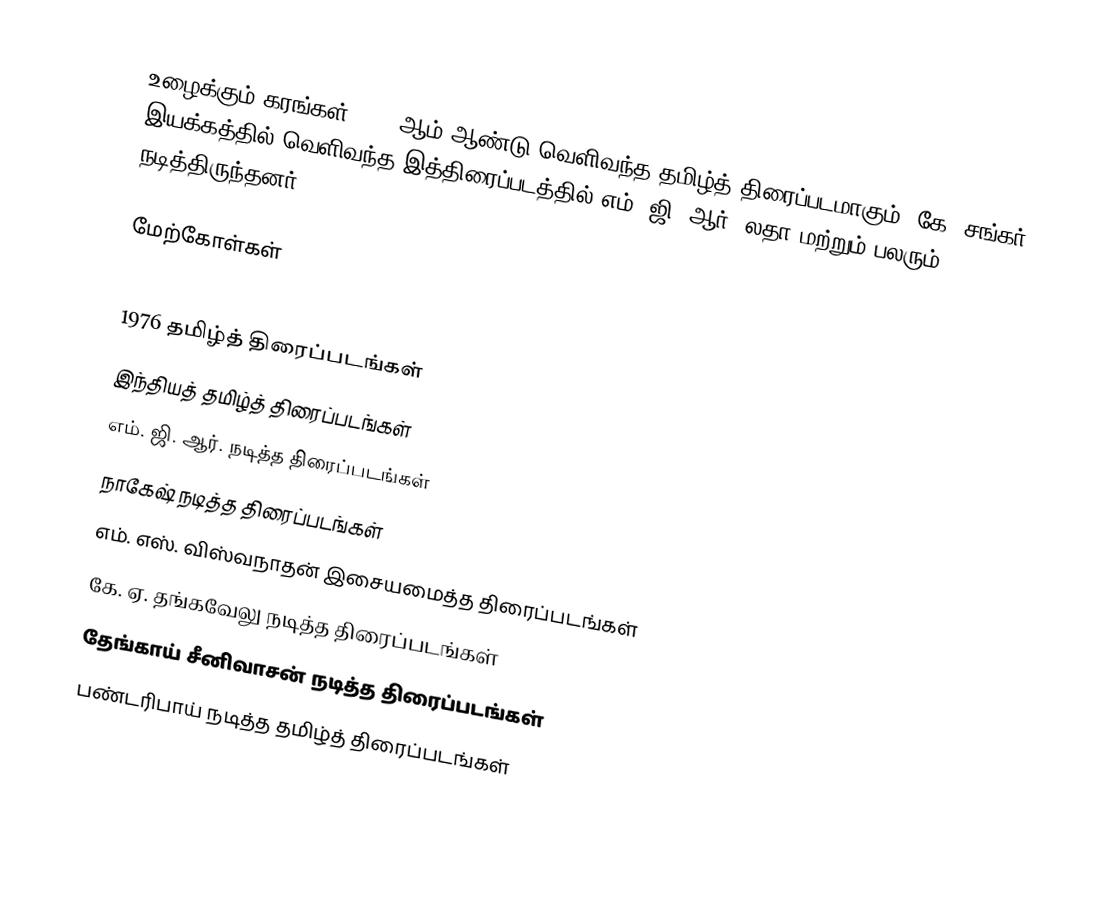
உழைக்கும் கரங்கள் 1976 ஆம் ஆண்டு வெளிவந்த தமிழ்த் திரைப்படமாகும். கே. சங்கர் இயக்கத்தில் வெளிவந்த இத்திரைப்படத்தில் எம். ஜி. ஆர், லதா மற்றும் பலரும் நடித்திருந்தனர்.

மேற்கோள்கள்

1976 தமிழ்த் திரைப்படங்கள்
இந்தியத் தமிழ்த் திரைப்படங்கள்
எம். ஜி. ஆர். நடித்த திரைப்படங்கள்
நாகேஷ் நடித்த திரைப்படங்கள்
எம். எஸ். விஸ்வநாதன் இசையமைத்த திரைப்படங்கள்
கே. ஏ. தங்கவேலு நடித்த திரைப்படங்கள்
தேங்காய் சீனிவாசன் நடித்த திரைப்படங்கள்
பண்டரிபாய் நடித்த தமிழ்த் திரைப்படங்கள்